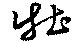
牡